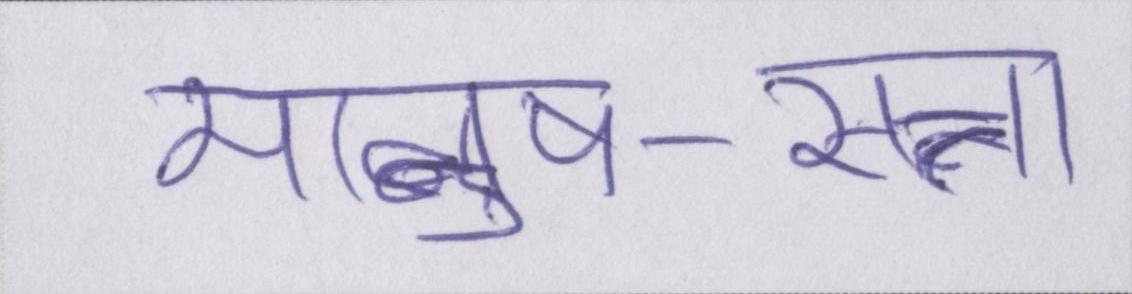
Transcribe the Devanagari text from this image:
मानुष-सत्ता